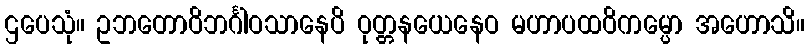
ဌပေသုံ။ ဥဘတောဝိဘင်္ဂါဝသာနေပိ ဝုတ္တနယေနေဝ မဟာပထဝိကမ္ပော အဟောသိ။